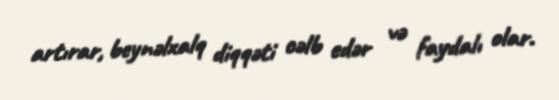
artırar, beynəlxalq diqqəti cəlb edər və faydalı olar.